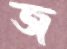
জ